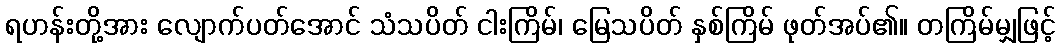
ရဟန်းတို့အား လျောက်ပတ်အောင် သံသပိတ် ငါးကြိမ်၊ မြေသပိတ် နှစ်ကြိမ် ဖုတ်အပ်၏။ တကြိမ်မျှဖြင့်